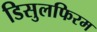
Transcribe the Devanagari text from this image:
डिसुलफिरम